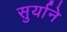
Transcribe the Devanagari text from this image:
सुर्याने